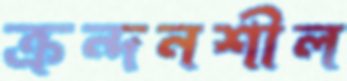
ক্রন্দনশীল